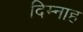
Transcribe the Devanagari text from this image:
दिम्नाह